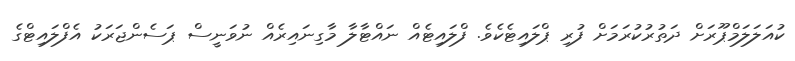
ކުއަލަލަމްޕޫރަށް ދަތުރުކުރަމަށް ފުރި ޕްލައިޓެކެވެ. ފްލައިޓެއް ނައްޓާލާ މާގިނައިރެއް ނުވަނީސް ޕަސެންޖަރަކު އެފްލައިޓްގެ